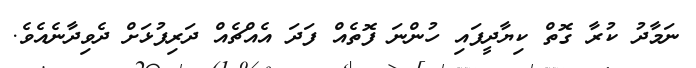
ނަމާދު ކުރާ ގޮތް ކިޔާދީފައި ހުންނަ ފޮތެއް ފަދަ އެއްޗެއް ދަރިފުޅަށް ދެވިދާނެއެވެ.